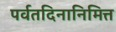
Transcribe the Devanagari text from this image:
पर्वतदिनानिमित्त